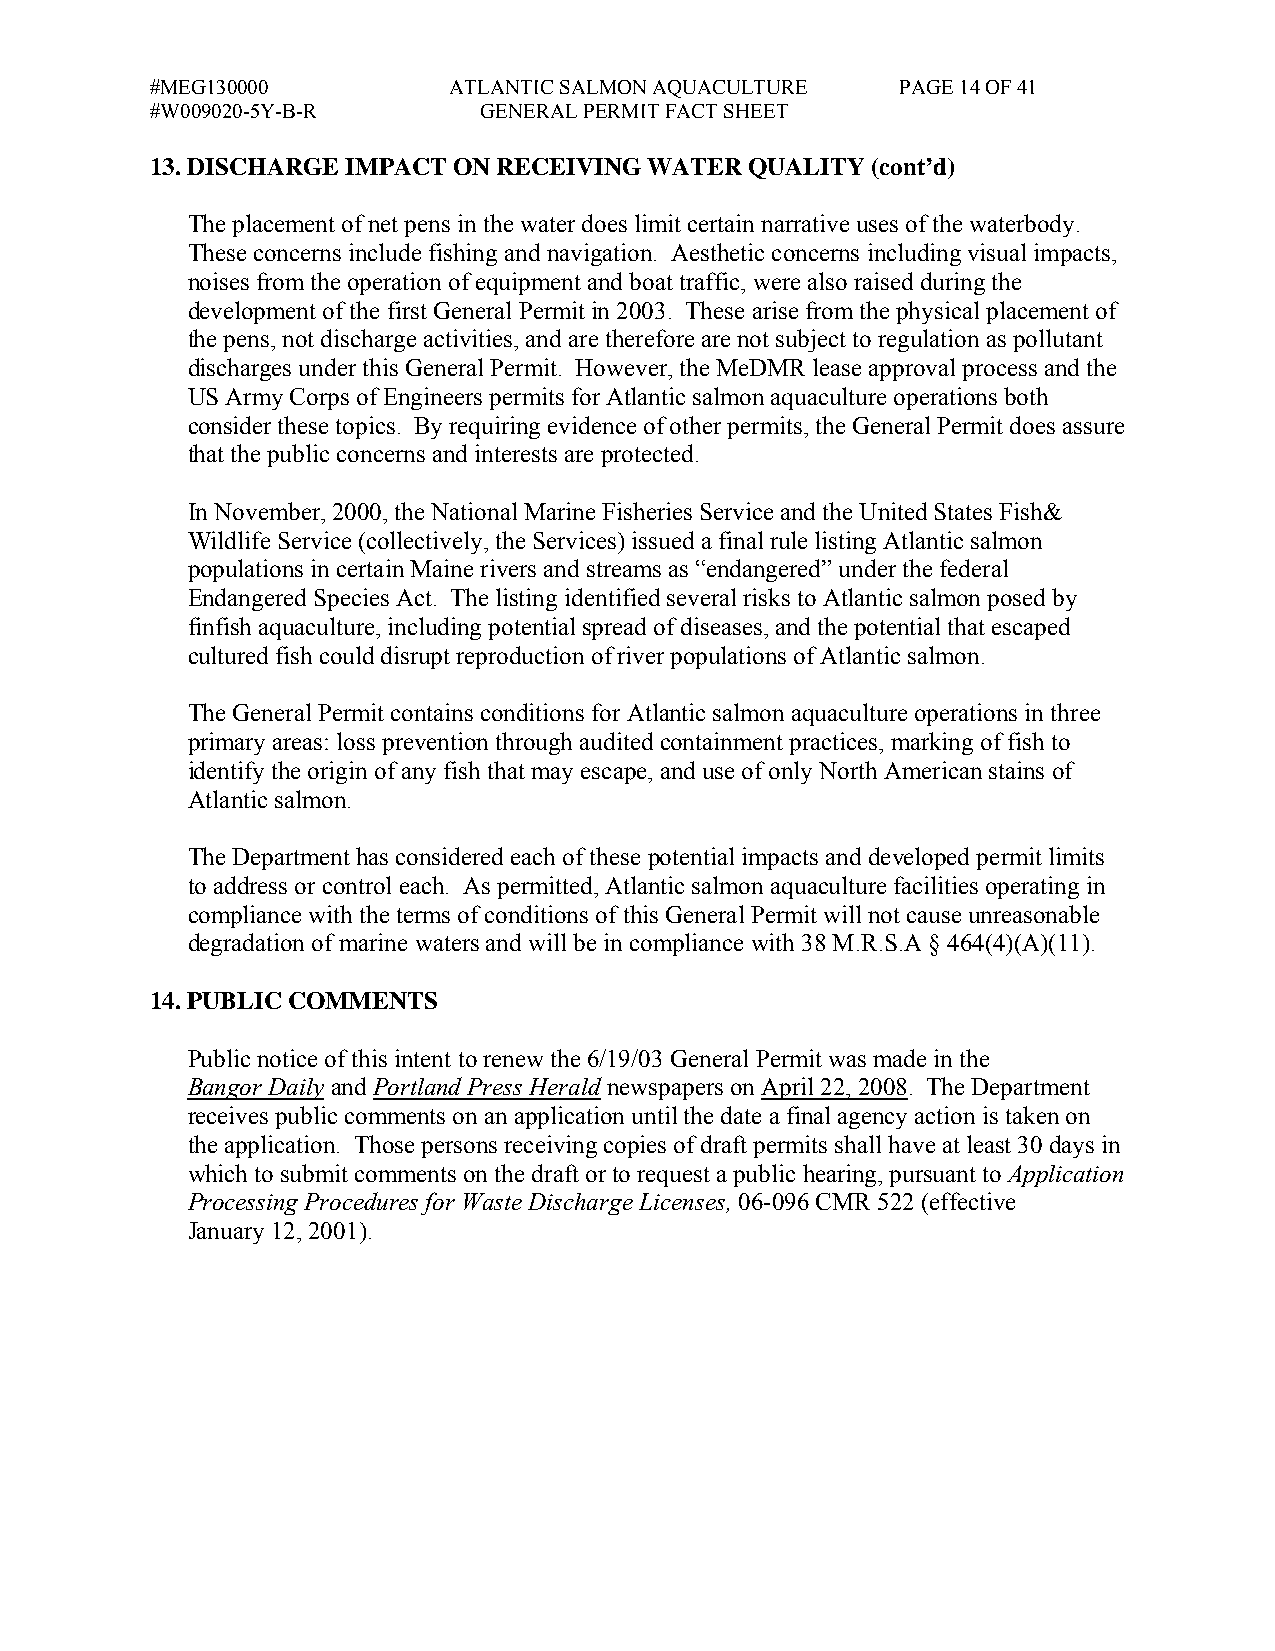
#MEG130000          ATLANTIC SALMON AQUACULTURE   PAGE 14 OF 41
 #W009020-5Y-B-R       GENERAL PERMIT FACT SHEET
 13. DISCHARGE IMPACT ON RECEIVING WATER QUALITY (cont’d)
 The placement of net pens in the water does limit certain narrative uses of the waterbody.
 These concerns include fishing and navigation. Aesthetic concerns including visual impacts,
 noises from the operation of equipment and boat traffic, were also raised during the
 development of the first General Permit in 2003. These arise from the physical placement of
 the pens, not discharge activities, and are therefore are not subject to regulation as pollutant
 discharges under this General Permit. However, the MeDMR lease approval process and the
 US Army Corps of Engineers permits for Atlantic salmon aquaculture operations both
 consider these topics. By requiring evidence of other permits, the General Permit does assure
 that the public concerns and interests are protected.
 In November, 2000, the National Marine Fisheries Service and the United States Fish&
 Wildlife Service (collectively, the Services) issued a final rule listing Atlantic salmon
 populations in certain Maine rivers and streams as “endangered” under the federal
 Endangered Species Act. The listing identified several risks to Atlantic salmon posed by
 finfish aquaculture, including potential spread of diseases, and the potential that escaped
 cultured fish could disrupt reproduction of river populations of Atlantic salmon.
 The General Permit contains conditions for Atlantic salmon aquaculture operations in three
 primary areas: loss prevention through audited containment practices, marking of fish to
 identify the origin of any fish that may escape, and use of only North American stains of
 Atlantic salmon.
 The Department has considered each of these potential impacts and developed permit limits
 to address or control each. As permitted, Atlantic salmon aquaculture facilities operating in
 compliance with the terms of conditions of this General Permit will not cause unreasonable
 degradation of marine waters and will be in compliance with 38 M.R.S.A § 464(4)(A)(11).
 14. PUBLIC COMMENTS
 Public notice of this intent to renew the 6/19/03 General Permit was made in the
 Bangor Daily and Portland Press Herald newspapers on April 22, 2008. The Department
 receives public comments on an application until the date a final agency action is taken on
 the application. Those persons receiving copies of draft permits shall have at least 30 days in
 which to submit comments on the draft or to request a public hearing, pursuant to Application
 Processing Procedures for Waste Discharge Licenses, 06-096 CMR 522 (effective
 January 12, 2001).